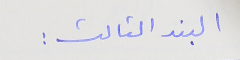
البند الثالث :